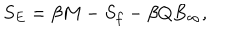
S _ { E } = \beta M - S _ { f } - \beta Q B _ { \infty } ,